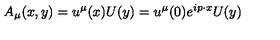
A _ { \mu } ( x , y ) = u ^ { \mu } ( x ) U ( y ) = u ^ { \mu } ( 0 ) e ^ { i p \cdot x } U ( y )